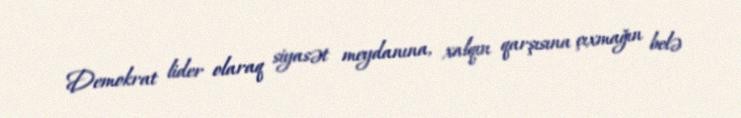
Demokrat lider olaraq siyasət meydanına, xalqın qarşısına çıxmağın belə